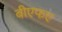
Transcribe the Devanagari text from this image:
बीएफए